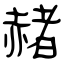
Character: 赭